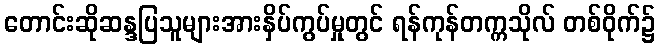
တောင်းဆိုဆန္ဒပြသူများအားနှိပ်ကွပ်မှုတွင် ရန်ကုန်တက္ကသိုလ် တစ်ဝိုက်၌